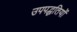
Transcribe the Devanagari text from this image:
उपपद्धतियों